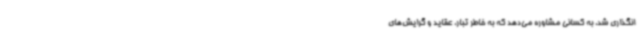
انگذاری شد، به کسانی مشاوره می‌دهد که به خاطر تبار، عقاید و گرایش‌های